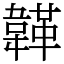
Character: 韚